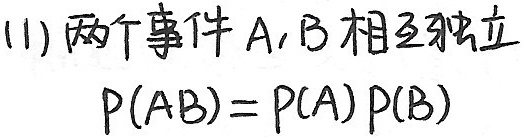
(1) 两个事件 $A,B$ 相互独立
\[
P(AB)=P(A)P(B)
\]